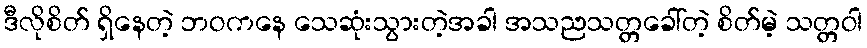
ဒီလိုစိတ် ရှိနေတဲ့ ဘဝကနေ သေဆုံးသွားတဲ့အခါ အသညသတ္တခေါ်တဲ့ စိတ်မဲ့ သတ္တဝါ